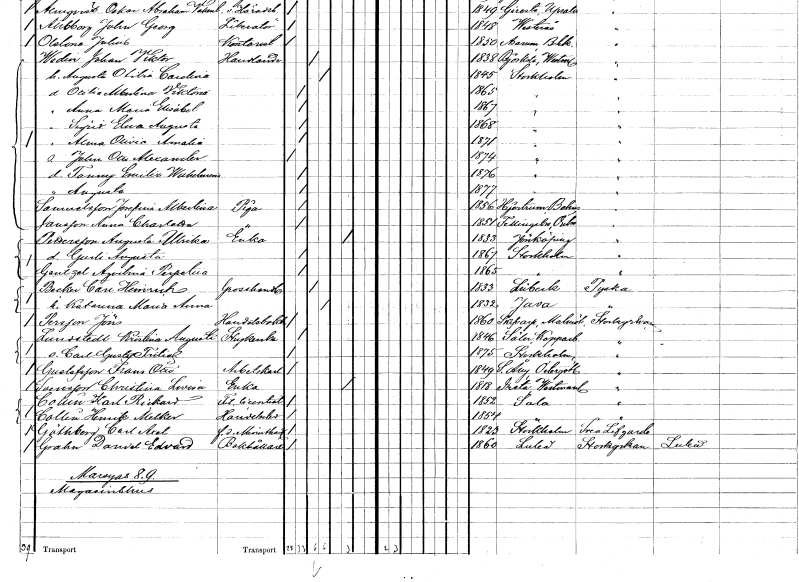
gt_parse: households: individuals: FN: John Otto Alexander
KON: M
CIV: O
FODAR: 1874
FODFORS: Stockholm
FN: Fanny Emilia Wilhelmina
KON: K
CIV: O
FODAR: 1876
FODFORS: Stockholm
FN: Augusta
KON: K
CIV: O
FODAR: 1877
FODFORS: Stockholm
FN: Josefina Albertina
EN: Samuelsson
YRKE: Piga
KON: K
CIV: O
FODAR: 1856
FODFORS: Hjärtum Älvsborgs län
FN: Anna Charlotta
EN: Jansson
YRKE: Piga
KON: K
CIV: O
FODAR: 1851
FODFORS: Fellingsbro Örebro län
FN: Augusta Ulrika
EN: Pettersson
YRKE: Änka
KON: K
CIV: E
FODAR: 1833
FODFORS: Jönköping Jönköpings län
FN: Gurli Augusta
KON: K
CIV: O
FODAR: 1867
FODFORS: Stockholm
FN: Aqvilina Perpetina
EN: Gentzel
KON: K
CIV: O
FODAR: 1865
FODFORS: Stockholm
FN: Carl Heinrich
EN: Becker
YRKE: Grosshandlare
KON: M
CIV: G
FODAR: 1833
FN: Katarina Maria Anna
KON: K
CIV: G
FODAR: 1832
FN: Jöns
EN: Persson
YRKE: Handelsbokhållare
KON: M
CIV: O
FODAR: 1860
FODFORS: Skivarp Malmöhus län
FN: Kristina Augusta
EN: Lundstedt
YRKE: Strykerska
KON: K
CIV: O
FODAR: 1846
FODFORS: Malung Kopparbergs län
FN: Carl Gustaf Fritiof
KON: M
CIV: O
FODAR: 1875
FODFORS: Stockholm
FN: Frans Otto
EN: Gustafsson
YRKE: Arbetskarl
KON: M
CIV: O
FODAR: 1849
FODFORS: Stora Åby Östergötlands län
FN: Christina Lovisa
EN: Svensson
YRKE: Änka
KON: K
CIV: E
FODAR: 1818
FODFORS: Irsta Västmanlands län
FN: Karl Rickard
EN: Collin
YRKE: Fil. lic.
KON: M
CIV: O
FODAR: 1852
FODFORS: Sala Västmanlands län
FN: Henrik Melker
EN: Collin
YRKE: Handelsbiträde
KON: M
CIV: O
FODAR: 1854
FODFORS: Sala Västmanlands län
FN: Carl Axel
EN: Göthberg
YRKE: Minuthandlare f.d.
KON: M
CIV: O
FODAR: 1823
FODFORS: Stockholm
FN: Daniel Edvard
EN: Grahn
YRKE: Bokhållare
KON: M
CIV: O
FODAR: 1860
FODFORS: Luleå Norrbottens län